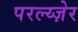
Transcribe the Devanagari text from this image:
परल्य्ज़ेर